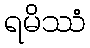
ရမိဿံ